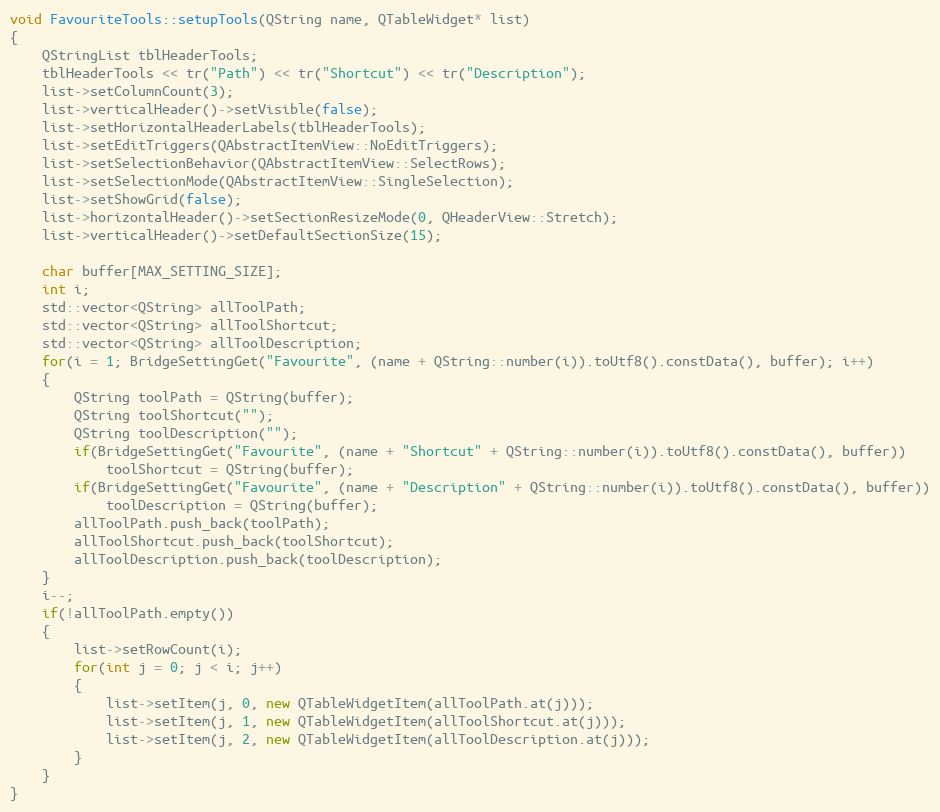
Language: C++
void FavouriteTools::setupTools(QString name, QTableWidget* list)
{
    QStringList tblHeaderTools;
    tblHeaderTools << tr("Path") << tr("Shortcut") << tr("Description");
    list->setColumnCount(3);
    list->verticalHeader()->setVisible(false);
    list->setHorizontalHeaderLabels(tblHeaderTools);
    list->setEditTriggers(QAbstractItemView::NoEditTriggers);
    list->setSelectionBehavior(QAbstractItemView::SelectRows);
    list->setSelectionMode(QAbstractItemView::SingleSelection);
    list->setShowGrid(false);
    list->horizontalHeader()->setSectionResizeMode(0, QHeaderView::Stretch);
    list->verticalHeader()->setDefaultSectionSize(15);

    char buffer[MAX_SETTING_SIZE];
    int i;
    std::vector<QString> allToolPath;
    std::vector<QString> allToolShortcut;
    std::vector<QString> allToolDescription;
    for(i = 1; BridgeSettingGet("Favourite", (name + QString::number(i)).toUtf8().constData(), buffer); i++)
    {
        QString toolPath = QString(buffer);
        QString toolShortcut("");
        QString toolDescription("");
        if(BridgeSettingGet("Favourite", (name + "Shortcut" + QString::number(i)).toUtf8().constData(), buffer))
            toolShortcut = QString(buffer);
        if(BridgeSettingGet("Favourite", (name + "Description" + QString::number(i)).toUtf8().constData(), buffer))
            toolDescription = QString(buffer);
        allToolPath.push_back(toolPath);
        allToolShortcut.push_back(toolShortcut);
        allToolDescription.push_back(toolDescription);
    }
    i--;
    if(!allToolPath.empty())
    {
        list->setRowCount(i);
        for(int j = 0; j < i; j++)
        {
            list->setItem(j, 0, new QTableWidgetItem(allToolPath.at(j)));
            list->setItem(j, 1, new QTableWidgetItem(allToolShortcut.at(j)));
            list->setItem(j, 2, new QTableWidgetItem(allToolDescription.at(j)));
        }
    }
}